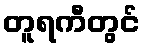
တူရကီတွင်